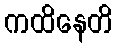
ကထိနေတိ